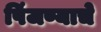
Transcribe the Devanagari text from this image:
पिंजण्याचे